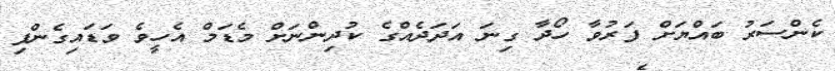
ކެންސަރު ބައްޔަށް ފަރުވާ ހޯދާ ގިނަ އަދަދެއްގެ ކުދިންނަށް މެޑަމް އެހީވެ ވަޑައިގެންފި